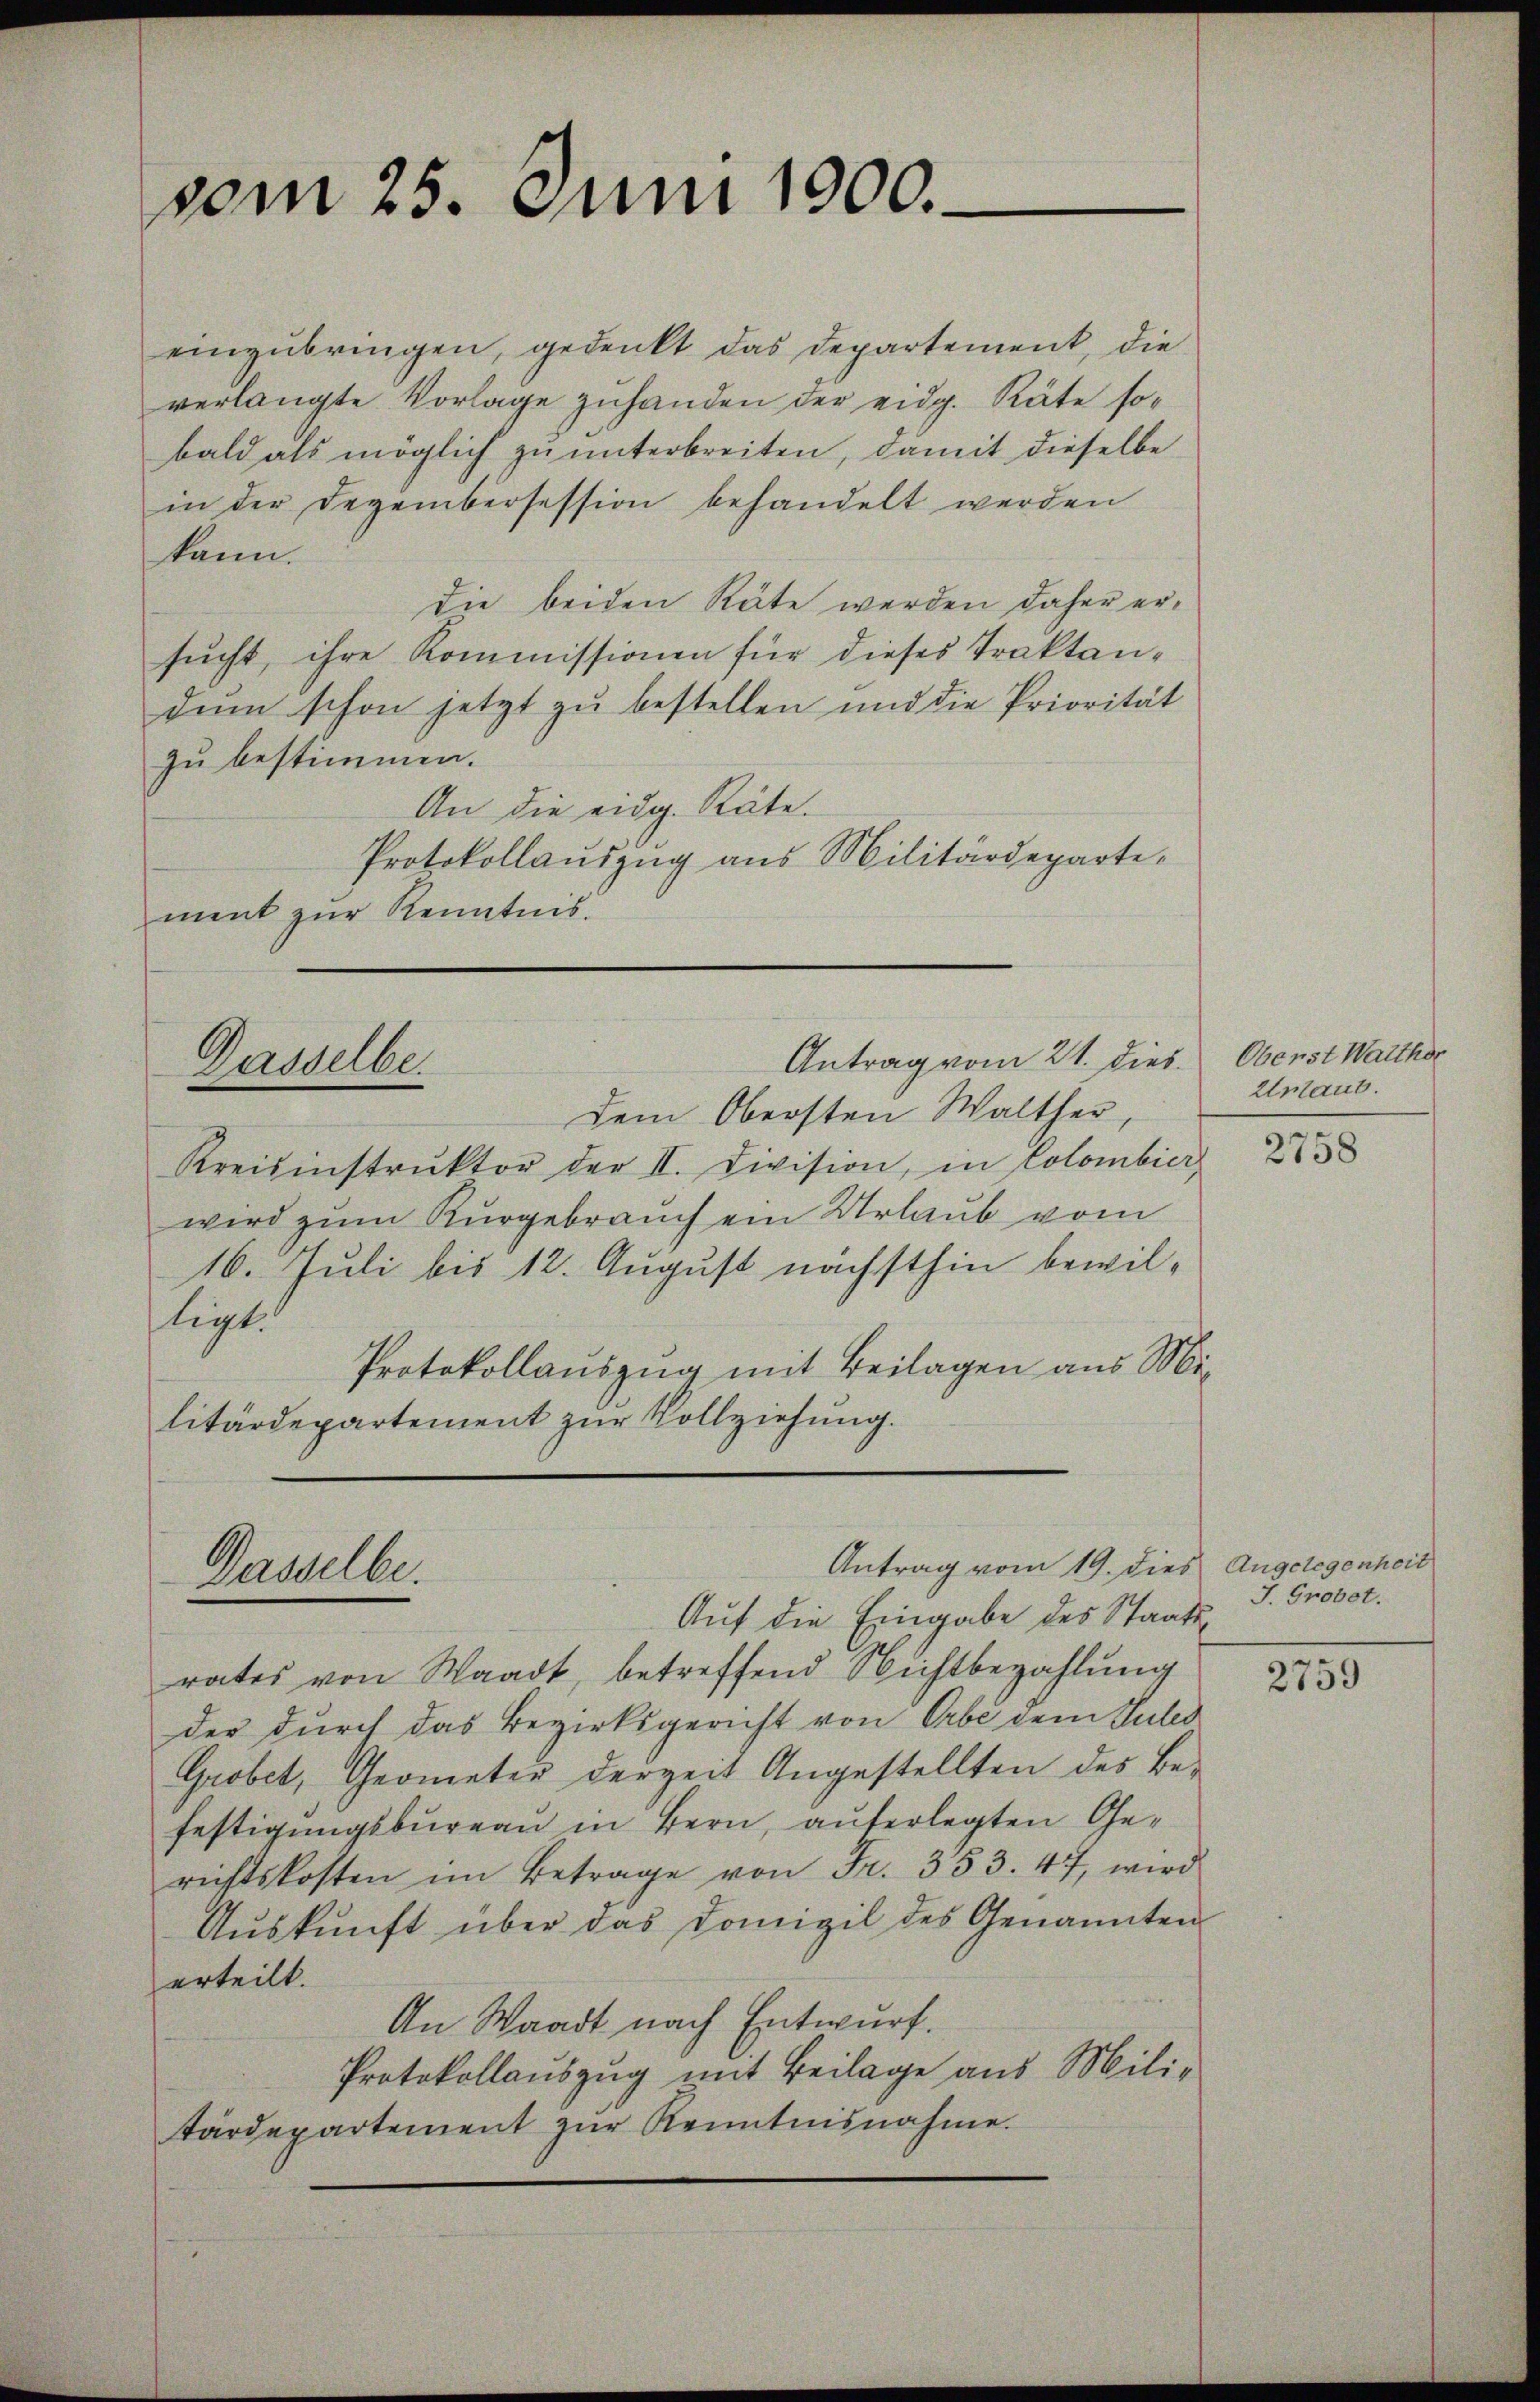
vom 25. Juni 1900.

Dasselbe.

Dasselbe.

Antrag vom 21. dies. Oberst Walther

Antrag vom 19. dies Angelegenheit

einzubringen, gedenkt das Departement, die
verlangte Vorlage zuhanden der eidg. Räte sobald als möglich zu unterbreiten, damit dieselbe
in der Dezembersession behandelt werden
kann.
die beiden Räte werden daher ersucht, ihre Kommissionen für dieses Traktandem schon jetzt zu bestellen und die Priorität
zu bestimmen.
An die eidg. Räte.
Protokollauszug aus Militärdepartement zur Kenntnis.

Dem Obersten Walther,
Kreisinstrŭktor der II. Division, in Colombier,
wird zum Kurgebrauch ein Urlaub vom
16. Juli bis 12. August nächsthin bewilligt.
Protokollauszug mit Beilagen aus Militärdepartement zur Vollziehung.

Auf die Eingabe des Staatsrates von Waadt, betreffend Nichtbezahlung
der durch das Bezirksgericht von Erbe dem Gutes
Grobet, Geometer derzeit Angestellten des Befestigungsbureau in Bern, auferlegten Gerichtskosten im Betrage von Fr. 353. 47, wird
Auskunft über das Domizil des Genannten
erteilt.
An Waadt nach Entwurf.
Protokollauszug mit Beilage aus Militärdepartement zur Kenntnisnahme.

Untaus.

2758

J. Grobet.

2759